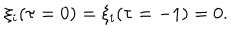
\xi _ { i } ( \tau = 0 ) = \xi _ { i } ( \tau = - 1 ) = 0 .